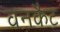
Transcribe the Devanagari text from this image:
वनकैट